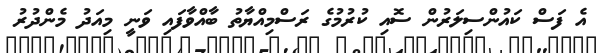
އެ ފަސް ކައުންސިލަރުން ސޮއި ކުރުމުގެ ރަސްމިއްޔާތު ބާއްވާފައި ވަނީ މިއަދު މެންދުރު